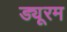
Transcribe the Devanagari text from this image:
ड्यूरम